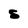
Character: S